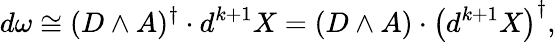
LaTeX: d\omega\cong(D\wedge A)^{\dagger}\cdot d^{k+1}X=(D\wedge A)\cdot\left(d^{k+1}X\right)^{\dagger},